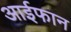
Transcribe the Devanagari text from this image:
आईफान